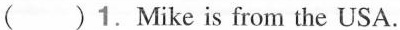
( )1. Mike is from the USA.